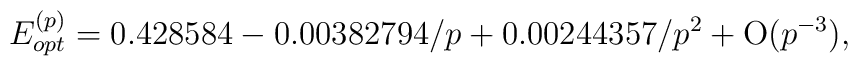
E_{opt}^{(p)}= 0.428584 - 0.00382794/p + 0.00244357/p^2 + {\rm O}(p^{-3}),